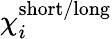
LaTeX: \mathbf{\chi}_{i}^{\mathrm{short/long}}